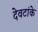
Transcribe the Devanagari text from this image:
देवटांके